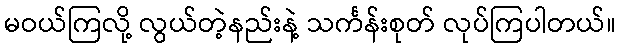
မဝယ်ကြလို့ လွယ်တဲ့နည်းနဲ့ သင်္ကန်းစုတ် လုပ်ကြပါတယ်။